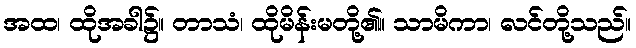
အထ၊ ထိုအခါ၌။ တာသံ၊ ထိုမိန်းမတို့၏။ သာမိကာ၊ လင်တို့သည်။